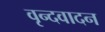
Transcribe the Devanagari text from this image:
वृन्दवादन